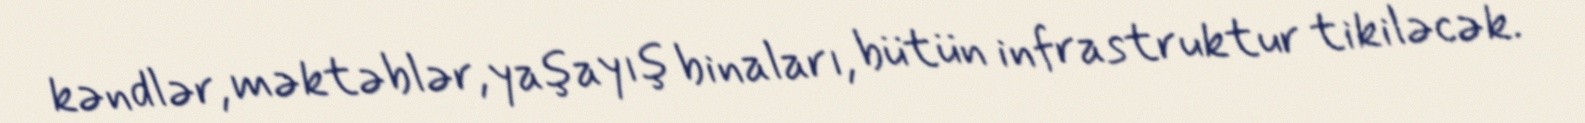
kəndlər, məktəblər, yaşayış binaları, bütün infrastruktur tikiləcək.